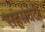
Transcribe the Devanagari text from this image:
सहसंवेदी